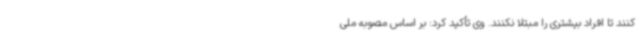
کنند تا افراد بیشتری را مبتلا نکنند. وی تأکید کرد: بر اساس مصوبه ملی